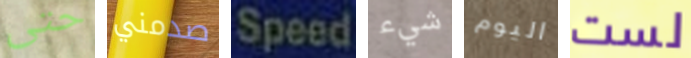
حتى صدمني Speed شيء اليوم لست